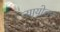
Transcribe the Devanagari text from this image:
न्यायोत्तर